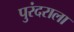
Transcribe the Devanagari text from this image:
पुरंदराला